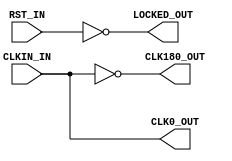
module x_s3e_dcm (
	input  wire CLKIN_IN,		 // 既定クロック
	input  wire RST_IN,			 // リセット
	output wire CLK0_OUT,		 // クロック（φ0）
	output wire CLK180_OUT,		 // クロック（φ180）
	output wire LOCKED_OUT		 // ロック
);

	/********** クロック出力 **********/
	assign CLK0_OUT	  = CLKIN_IN;
	assign CLK180_OUT = ~CLKIN_IN;
	assign LOCKED_OUT = ~RST_IN;
   
endmodule